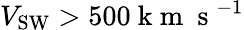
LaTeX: V_{\mathrm{SW}}>500\mathrm{~k~m~}\mathrm{~s~}^{-1}